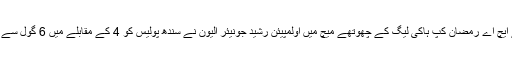
پریذیڈنٹ کے ایچ اے رمضان کپ ہاکی لیگ کے چھوتھے میچ میں اولمپیئن رشید جونیئر الیون نے سندھ پولیس کو 4 کے مقابلے میں 6 گول سے شکست دیدی۔